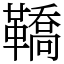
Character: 鞽